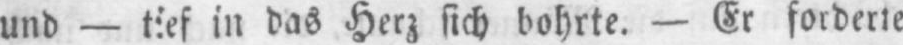
und - tief in das Herz sich bohrte. - Er forderte